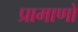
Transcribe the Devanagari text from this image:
प्रामाणों